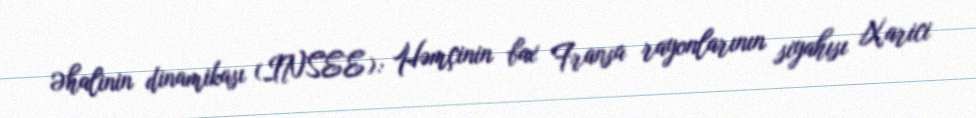
Əhalinin dinamikası (INSEE): Həmçinin bax Fransa rayonlarının siyahısı Xarici